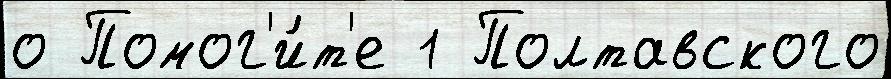
о Помог'и́т'е 1 Полтавского